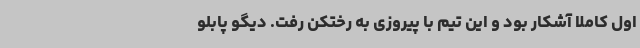
اول کاملا آشکار بود و این تیم با پیروزی به رختکن رفت. دیگو پابلو